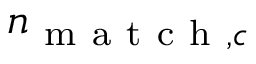
n _ { \mathrm { ~ m ~ a ~ t ~ c ~ h ~ } , c }